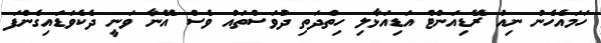
ހަމައެހެން ނިއު ރޭޑިއަންޓް އަޑިއަޅާލި ހިތްދަތި ދުވަސްތައް ވެސް އޭނާ ވަނީ ދެކެވަޑައިގެންފަ